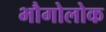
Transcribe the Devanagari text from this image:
भौगोलोक